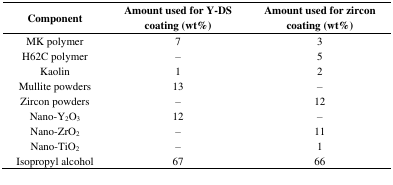
<table><thead><tr><td><b>Component</b></td><td><b>Amount used for Y-DS coating (wt%)</b></td><td><b>Amount used for zircon coating (wt%)</b></td></tr></thead><tbody><tr><td>MK polymer</td><td>7</td><td>3</td></tr><tr><td>H62C polymer</td><td>–</td><td>5</td></tr><tr><td>Kaolin</td><td>1</td><td>2</td></tr><tr><td>Mullite powders</td><td>13</td><td>–</td></tr><tr><td>Zircon powders</td><td>–</td><td>12</td></tr><tr><td>Nano-Y<sub>2</sub>O<sub>3</sub></td><td>12</td><td>–</td></tr><tr><td>Nano-ZrO<sub>2</sub></td><td>–</td><td>11</td></tr><tr><td>Nano-TiO<sub>2</sub></td><td>–</td><td>1</td></tr><tr><td>Isopropyl alcohol</td><td>67</td><td>66</td></tr></tbody></table>